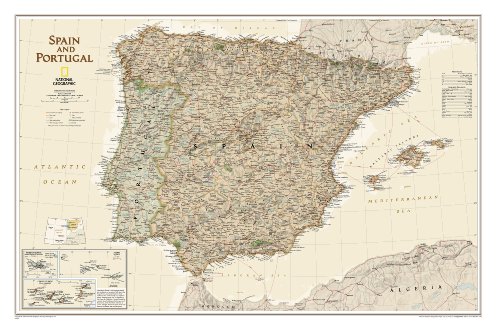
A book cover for Spain and Portugal Executive [Tubed] (National Geographic Reference Map); National Geographic Maps - Reference; Travel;